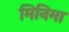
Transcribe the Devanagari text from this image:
मिनिमा